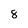
Character: 8